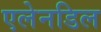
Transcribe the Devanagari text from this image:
एलेनडिल